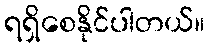
ရရှိစေနိုင်ပါတယ်။